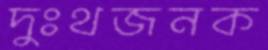
দুঃথজনক